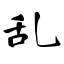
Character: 乱